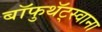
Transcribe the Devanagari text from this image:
बॉफुथॅट्स्वाना